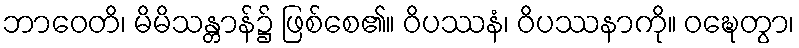
ဘာဝေတိ၊ မိမိသန္တာန်၌ ဖြစ်စေ၏။ ဝိပဿနံ၊ ဝိပဿနာကို။ ဝဍ္ဎေတွာ၊